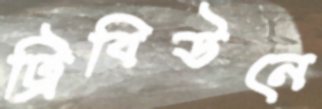
ট্রিবিউনে